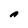
Character: A